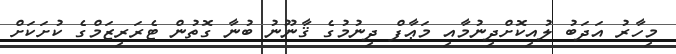
މިހާރު އަދަބު ލުއިކޮށްދިނުމާއި މަޢާފް ދިނުމުގެ ޤާނޫނު ބުނާ ގޮތުން ޓެރަރިޒަމްގެ ކުށަކަށް